Civil Veterinary Dept. Assam report 1927-50 - 1927-1950
Year: 1927
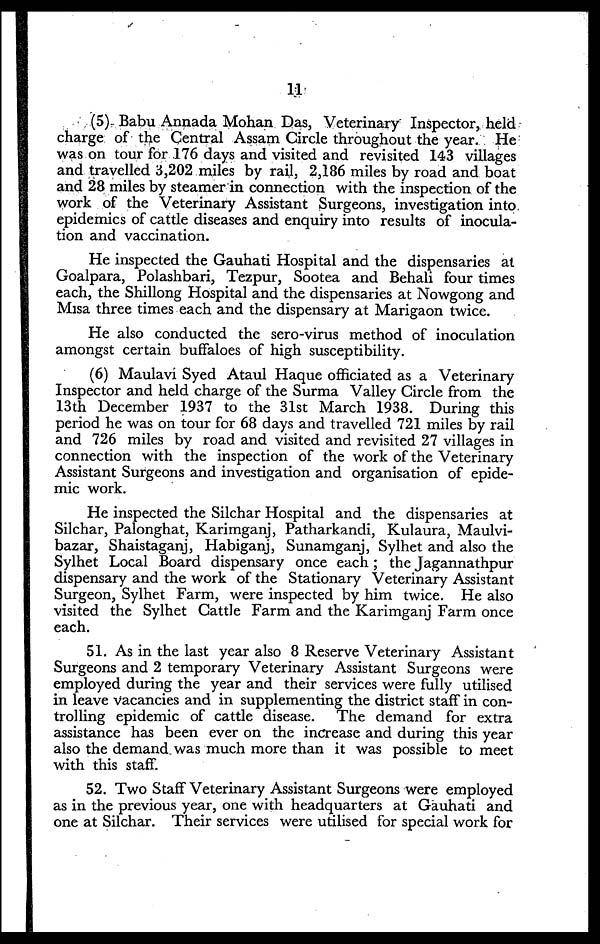
11
(5) Babu Annada Mohan Das, Veterinary Inspector, held
charge of the Central Assam Circle throughout the year. He
was on tour for 176 days and visited and revisited 143 villages
and travelled 3,202 miles by rail, 2,186 miles by road and boat
and 28 miles by steamer in connection with the inspection of the
work of the Veterinary Assistant Surgeons, investigation into
epidemics of cattle diseases and enquiry into results of inocula-
tion and vaccination.
He inspected the Gauhati Hospital and the dispensaries at
Goalpara, Polashbari, Tezpur, Sootea and Behali four times
each, the Shillong Hospital and the dispensaries at Nowgong and
Misa three times each and the dispensary at Marigaon twice.
He also conducted the sero-virus method of inoculation
amongst certain buffaloes of high susceptibility.
(6) Maulavi Syed Ataul Haque officiated as a Veterinary
Inspector and held charge of the Surma Valley Circle from the
13th December 1937 to the 31st March 1938. During this
period he was on tour for 68 days and travelled 721 miles by rail
and 726 miles by road and visited and revisited 27 villages in
connection with the inspection of the work of the Veterinary
Assistant Surgeons and investigation and organisation of epide-
mic work.
He inspected the Silchar Hospital and the dispensaries at
Silchar, Palonghat, Karimganj, Patharkandi, Kulaura, Maulvi-
bazar, Shaistaganj, Habiganj, Sunamganj, Sylhet and also the
Sylhet Local Board dispensary once each; the Jagannathpur
dispensary and the work of the Stationary Veterinary Assistant
Surgeon, Sylhet Farm, were inspected by him twice. He also
visited the Sylhet Cattle Farm and the Karimganj Farm once
each.
51. As in the last year also 8 Reserve Veterinary Assistant
Surgeons and 2 temporary Veterinary Assistant Surgeons were
employed during the year and their services were fully utilised
in leave vacancies and in supplementing the district staff in con-
trolling epidemic of cattle disease. The demand for extra
assistance has been ever on the increase and during this year
also the demand was much more than it was possible to meet
with this staff.
52. Two Staff Veterinary Assistant Surgeons were employed
as in the previous year, one with headquarters at Gauhati and
one at Silchar. Their services were utilised for special work for